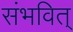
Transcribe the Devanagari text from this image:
संभवित्